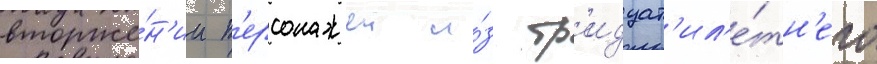
вторже́н'ии п'ерсонажеи и́з тр'идцат'ил'е́тн'его